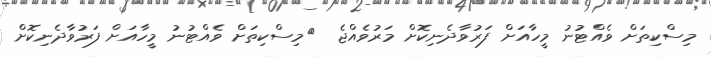
މިސްކިތަށް ވެއްޓުނު މީހާއަށް ފަރުވާދެނިކޮށް މަރުވެއްޖެ  	މިސްކިތަށް ވެއްޓުނު މީހާއަށް ފަރުވާދެނިކޮށް